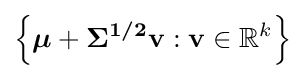
\left\{{\boldsymbol {\mu }}+{\boldsymbol {\Sigma ^{1/2}}}\mathbf {v} :\mathbf {v} \in \mathbb {R} ^{k}\right\}